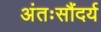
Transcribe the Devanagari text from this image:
अंतःसौंदर्य